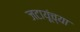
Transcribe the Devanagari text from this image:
जटायूंच्या